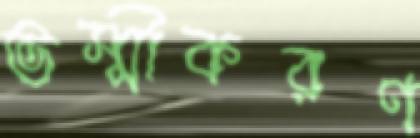
ভস্মীকরণ